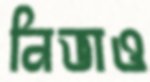
নিভাও